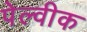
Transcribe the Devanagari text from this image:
पेल्वीक